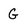
Character: G